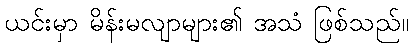
ယင်းမှာ မိန်းမလျာများ၏ အသံ ဖြစ်သည်။